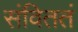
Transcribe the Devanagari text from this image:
संविततं